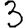
Digit: 3